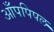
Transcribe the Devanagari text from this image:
आँपपिपल